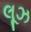
લૂઝ